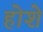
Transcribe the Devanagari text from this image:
होशे